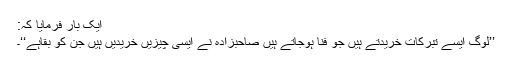
ایک بار فرمایا کہ:
’’لوگ ایسے تبرکات خریدتے ہیں جو فنا ہوجاتے ہیں صاحبزادہ نے ایسی چیزیں خریدیں ہیں جن کو بقاہے‘‘۔